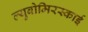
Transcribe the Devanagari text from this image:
ल्युबोमिरस्काई